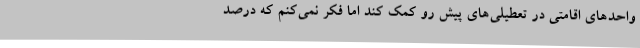
واحدهای اقامتی در تعطیلی‌های پیش رو کمک کند اما فکر نمی‌کنم که درصد